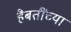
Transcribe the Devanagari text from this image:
हैबतींच्या